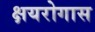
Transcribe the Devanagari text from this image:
क्षयरोगास